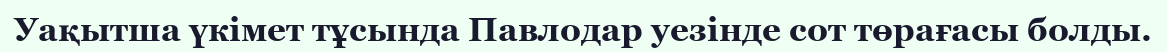
Уақытша үкімет тұсында Павлодар уезінде сот төрағасы болды.